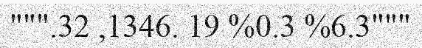
""".32 ,1346. 19 %0.3 %6.3"""